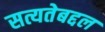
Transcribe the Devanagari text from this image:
सत्यतेबद्दल